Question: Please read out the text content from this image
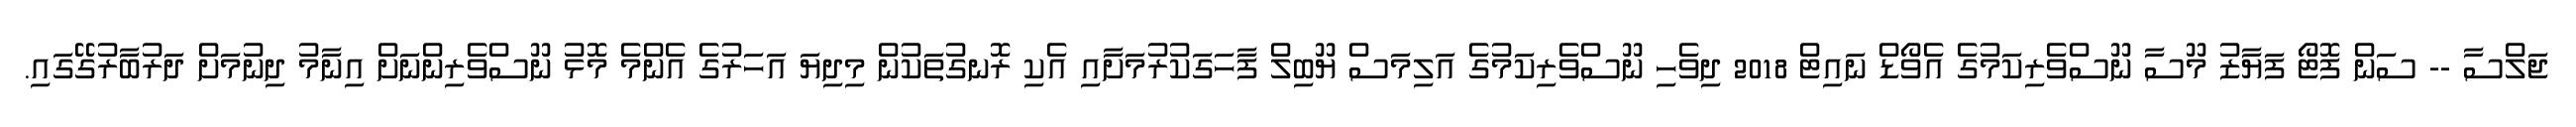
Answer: ޖަލްސާ -- ސަން ފޮޓޯ ފަޔާޒު މޫސާ ނޫސްވެރިކަމުގެ އެވޯޑް ނައިޓް 2018 ދިވެހި ނޫސްވެރިކަމުގެ އަލިމަސް ޔޫބިލް ފާހަގަކުރުމަށާއި އެކި ރޮނގުތަކުން މިދިޔަ އަހަރުގެ އެންމެ މޮޅު ނޫސްވެރިންނަށް އިނާމު ދިނުމަށް ދަރުބާރުގޭގައި.